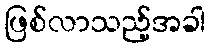
ဖြစ်လာသည့်အခါ